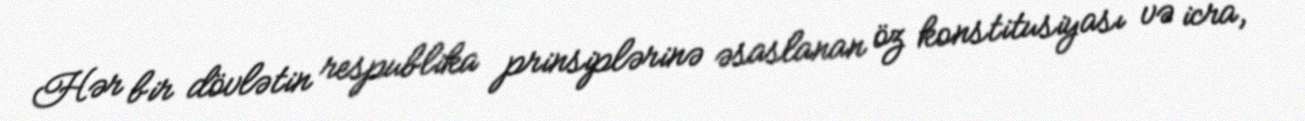
Hər bir dövlətin respublika prinsiplərinə əsaslanan öz konstitusiyası və icra,